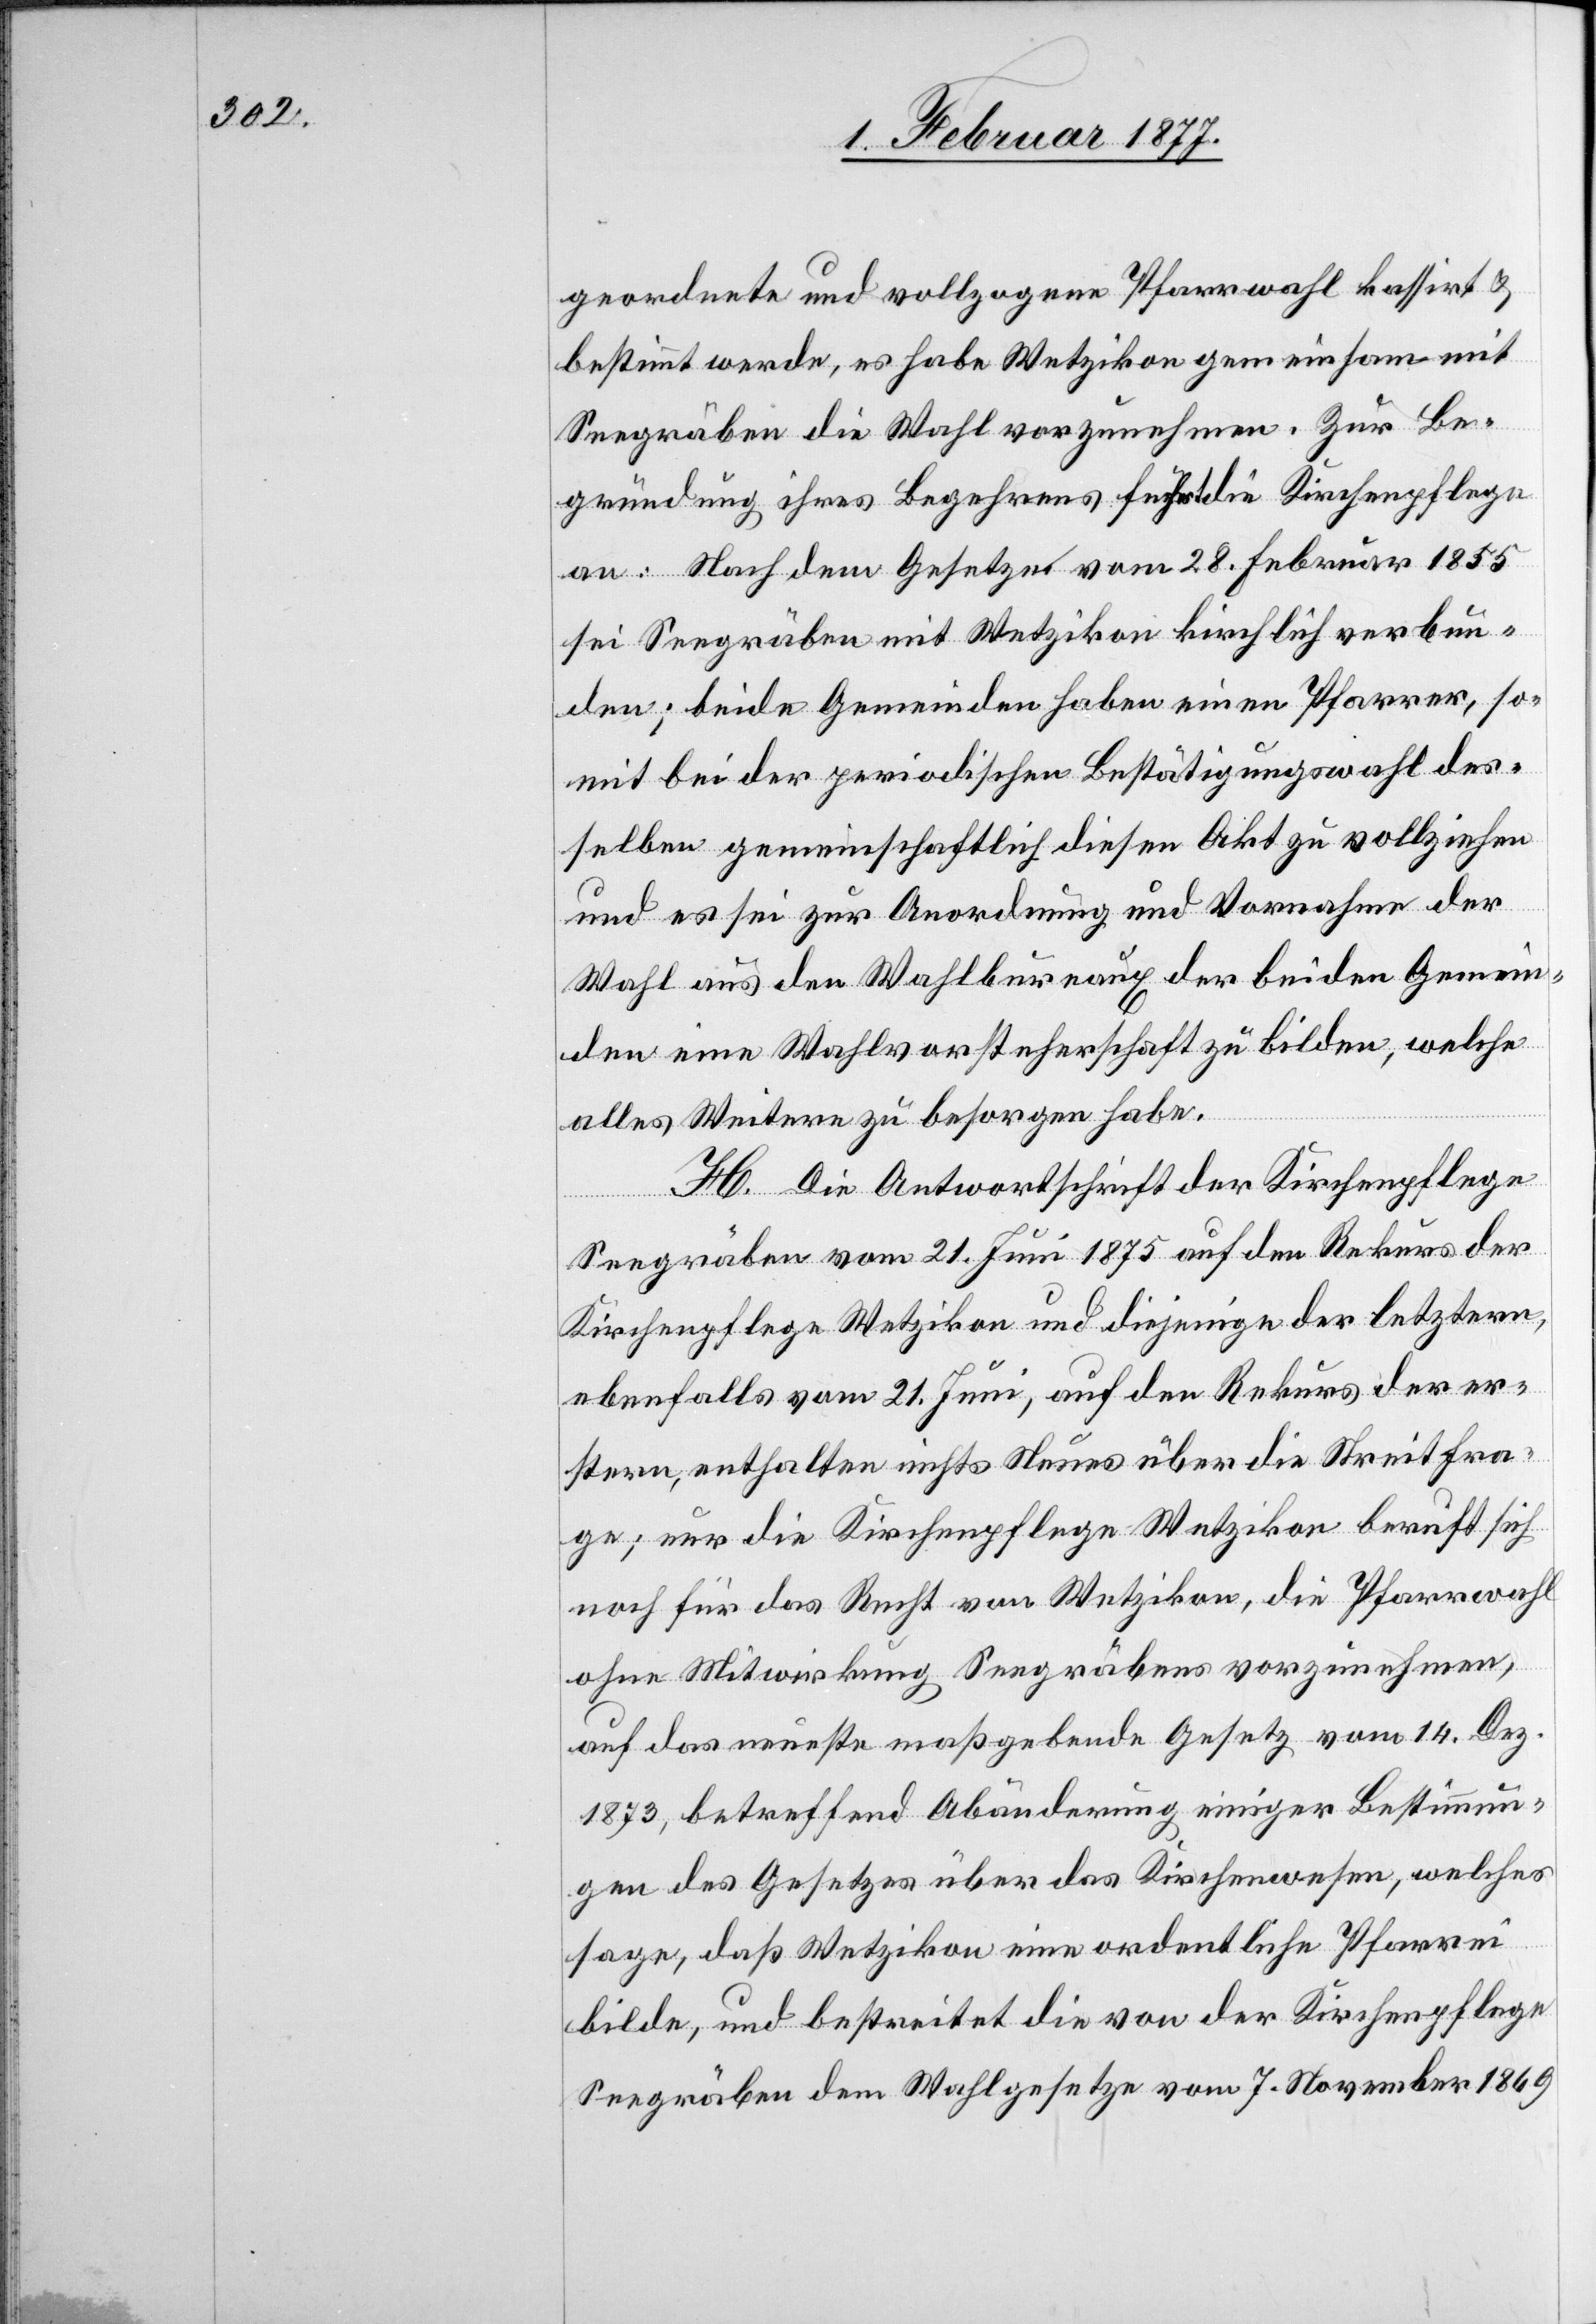
geordnete und vollzogene Pfarrwahl kassirt &
bestimmt werde, es habe Wetzikon gemeinsam mit
Seegräben die Wahl vorzunehmen. Zur Be¬
gründung ihres Begehrens führt die Kirchenpflege
an: Nach dem Gesetze vom 28. Februar 1855
sei Seegräben mit Wetzikon kirchlich verbun¬
den; beide Gemeinden haben einen Pfarrer, so¬
mit bei der periodischen Bestätigungswahl des¬
selben gemeinschaftlich diesen Akt zu vollziehen
und es sei zur Anordnung und Vornahme der
Wahl aus den Wahlbureaux der beiden Gemein¬
den eine Wahlvorsteherschaft zu bilden, welche
alles Weitere zu besorgen habe.
H. Die Antwortschrift der Kirchenpflege
Seegräben vom 21. Juni 1875 auf den Rekurs der
Kirchenpflege Wetzikon und diejenige der letztern,
ebenfalls vom 21. Juni, auf den Rekurs der er¬
stern, enthalten nichts Neues über die Streitfra¬
ge; nur die Kirchenpflege Wetzikon beruft sich
noch für das Recht von Wetzikon, die Pfarrwahl
ohne Mitwirkung Seegräbens vorzunehmen,
auf das neueste maßgebende Gesetz vom 14. Dez.
1873, betreffend Abänderung einiger Bestimmun¬
gen des Gesetzes über das Kirchenwesen, welches
sage, daß Wetzikon eine ordentliche Pfarrei
bilde, und bestreitet die von der Kirchenpflege
Seegräben dem Wahlgesetze vom 7. November 1869